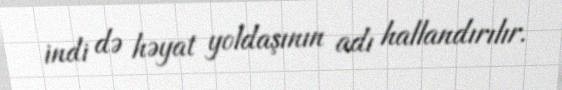
indi də həyat yoldaşının adı hallandırılır.